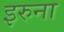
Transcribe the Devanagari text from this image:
इरुना